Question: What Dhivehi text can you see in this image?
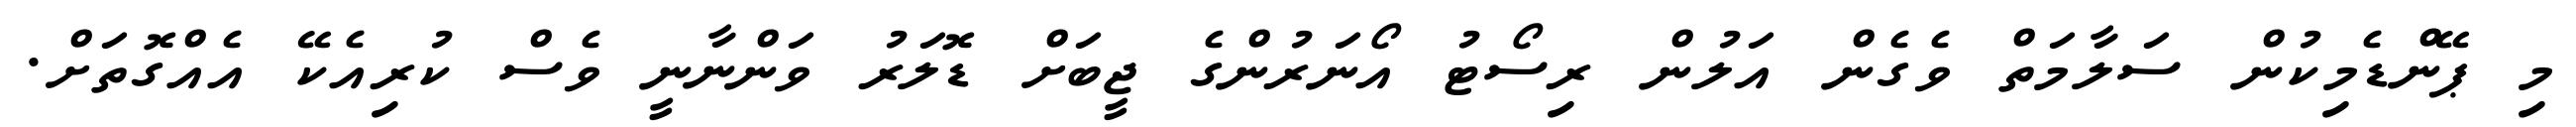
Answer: މި ޕޭންޑެމިކުން ސަލާމަތް ވެގެން އަލުން ރިސޯޓު އޯނަރުންގެ ޖީބަށް ޑޮލަރު ވަންނާނީ ވެސް ކުރިއެކޭ އެއްގޮތަށް.